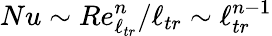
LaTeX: Nu\sim Re_{\ell_{tr}}^{n}/\ell_{tr}\sim\ell_{tr}^{n-1}